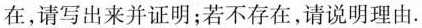
在，请写出来并证明；若不存在，请说明理由。